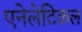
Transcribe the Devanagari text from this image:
एनेलेटिकल